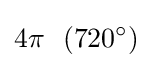
4\pi \ \ (720^{\circ })